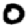
Digit: 0